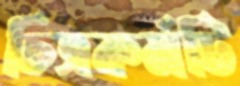
চিত্রকর্মটি